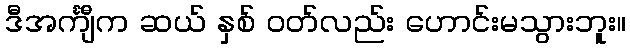
ဒီအင်္ကျီက ဆယ် နှစ် ဝတ်လည်း ဟောင်းမသွားဘူး။